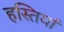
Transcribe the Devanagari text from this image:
हस्‍तियां